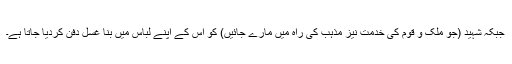
جبکہ شہید (جو ملک و قوم کی خدمت نیز مذہب کی راہ میں مارے جائیں) کو اس کے اپنے لباس میں بنا غسل دفن کردیا جاتا ہے۔